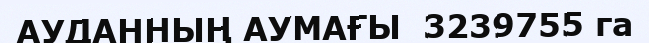
АУДАННЫҢ АУМАҒЫ  3239755 га